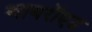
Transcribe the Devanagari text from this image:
थायरॉएड